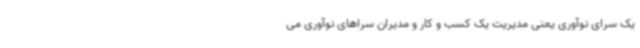
یک سرای نوآوری یعنی مدیریت یک کسب و کار و مدیران سراهای نوآوری می